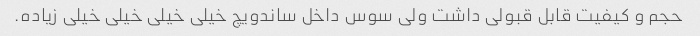
حجم و کیفیت قابل قبولی داشت ولی سوس داخل ساندویچ خیلی خیلی خیلی خیلی زیاده.